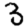
Digit: 3